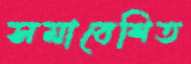
সমাবেশিত